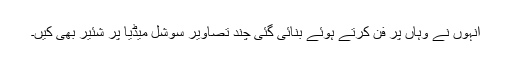
انہوں نے وہاں پر فن کرتے ہوئے بنائی گئی چند تصاویر سوشل میڈیا پر شئیر بھی کیں۔